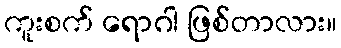
ကူးစက် ရောဂါ ဖြစ်တာလား။